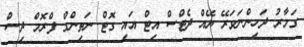
ގަމާރު ދަހިންނަވަރޭ ޔޭއް ދެޓްސް އިޓް އައި ގޮޓް ނަތިންގް ފްރޮމް ދިސް